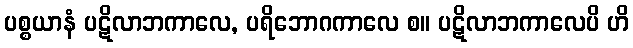
ပစ္စယာနံ ပဋိလာဘကာလေ, ပရိဘောဂကာလေ စ။ ပဋိလာဘကာလေပိ ဟိ